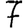
Digit: 7